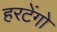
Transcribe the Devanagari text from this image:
हरटेंगो